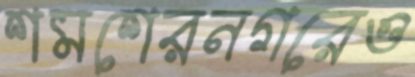
শমশেরনগরেও